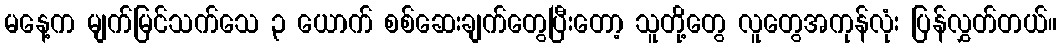
မနေ့က မျက်မြင်သက်သေ ၃ ယောက် စစ်ဆေးချက်တွေပြီးတော့ သူတို့တွေ လူတွေအကုန်လုံး ပြန်လွှတ်တယ်။